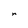
Character: r